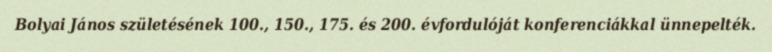
Bolyai János születésének 100., 150., 175. és 200. évfordulóját konferenciákkal ünnepelték.